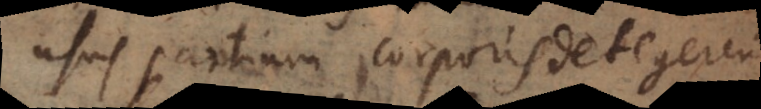
usus partium corporis detegeren